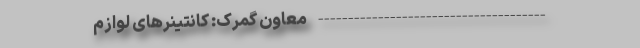
-------------------------------------- معاون گمرک: کانتینر‌های لوازم